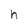
Character: h